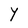
Character: Y